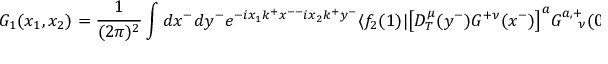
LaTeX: G _ { 1 } ( x _ { 1 } , x _ { 2 } ) = \frac { 1 } { ( 2 \pi ) ^ { 2 } } \int d x ^ { - } d y ^ { - } e ^ { - i x _ { 1 } k ^ { + } x ^ { -- } i x _ { 2 } k ^ { + } y ^ { - } } \langle f _ { 2 } ( 1 ) \vert \big [ D _ { T } ^ { \mu } ( y ^ { - } ) G ^ { + \nu } ( x ^ { - } ) \big ] ^ { a } G _ { \ \ \ \nu } ^ { a , + } ( 0 ) \vert 0 \rangle \omega _ { \mu } ( 1 ) .